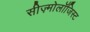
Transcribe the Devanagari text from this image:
सीज़्मोलॉजिस्ट